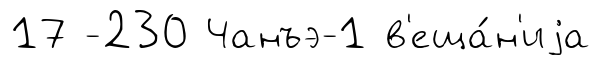
17 -230 Чанъэ-1 в'еща́н'иjа